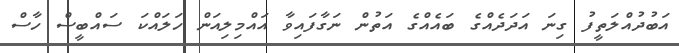
އަބުދުއްލަތީފު ގިނަ އަދަދެއްގެ ބައެއްގެ އަތުން ނަގާފައިވާ އައްމިލިއަން ހަލައްކަ ސައްބީސް ހާސް